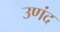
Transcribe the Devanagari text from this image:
उणंद